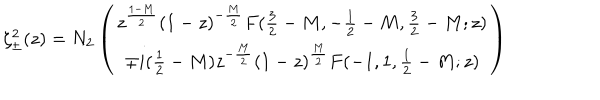
\zeta _ { \pm } ^ { 2 } ( z ) = N _ { 2 } \left( \begin{array} { c } { { z ^ { \frac { 1 - M } { 2 } } ( 1 - z ) ^ { - \frac { M } { 2 } } F ( \frac { 3 } { 2 } - M , - \frac { 1 } { 2 } - M , \frac { 3 } { 2 } - M ; z ) } } \\ { { \mp i ( \frac { 1 } { 2 } - M ) z ^ { - \frac { M } { 2 } } ( 1 - z ) ^ { \frac { M } { 2 } } F ( - 1 , 1 , \frac { 1 } { 2 } - M ; z ) } } \\ \end{array} \right)